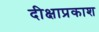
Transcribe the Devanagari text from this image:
दीक्षाप्रकाश